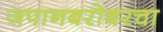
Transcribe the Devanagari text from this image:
जपानबरोबरचा